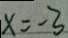
x = - 3